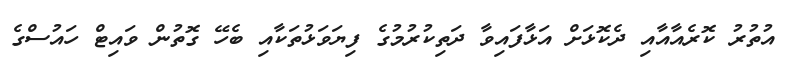
އުތުރު ކޮރެއާއާއި ދެކޮޅަށް އަޅާފައިވާ ދަތިކުރުމުގެ ފިޔަވަޅުތަކާއި ބެހޭ ގޮތުން ވައިޓް ހައުސްގެ